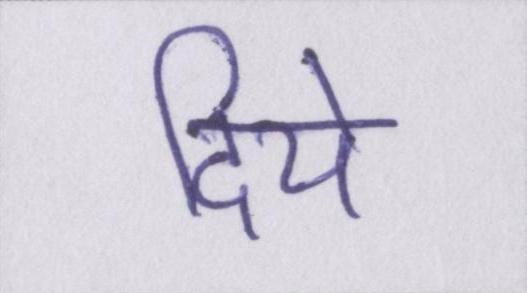
दिये